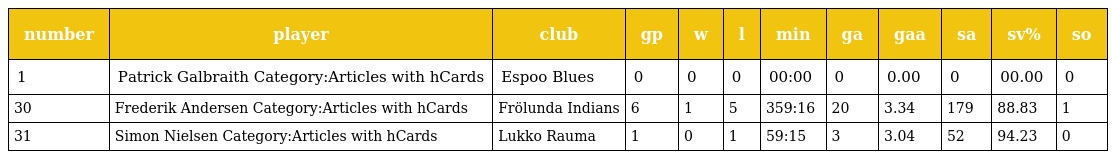
| number | player | club | gp | w | l | min | ga | gaa | sa | sv% | so |
 | --- | --- | --- | --- | --- | --- | --- | --- | --- | --- | --- | --- |
 | 1 | Patrick Galbraith Category:Articles with hCards | Espoo Blues | 0 | 0 | 0 | 00:00 | 0 | 0.00 | 0 | 00.00 | 0 |
 | 30 | Frederik Andersen Category:Articles with hCards | Frölunda Indians | 6 | 1 | 5 | 359:16 | 20 | 3.34 | 179 | 88.83 | 1 |
 | 31 | Simon Nielsen Category:Articles with hCards | Lukko Rauma | 1 | 0 | 1 | 59:15 | 3 | 3.04 | 52 | 94.23 | 0 |